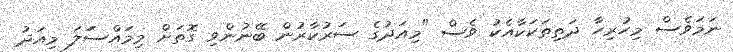
ނަމަވެސް މިހުރިހާ ދަތިތަކަކާއެކު ވެސް "މިއަދުގެ ސަރުކާރުން ބޭނުންވި ގޮތަށް މިމައްސަަލަ މިއަދު